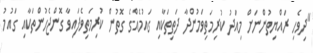
"ދިވެހި ރައްޔިތުންނަށް މިއަދު ކުރިމަތިވަމުންދާ ދަތިތަކާއި ގައުމެއްގެ ގޮތުން ކުރިމަތިވެފައިވާ ގޮންޖެހުންތަކާއި ގައުމު